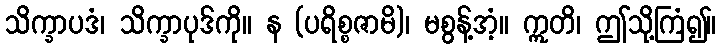
သိက္ခာပဒံ၊ သိက္ခာပုဒ်ကို။ န (ပရိစ္စဇာမိ)၊ မစွန့်အံ့။ ဣတိ၊ ဤသို့ကြံ၍။